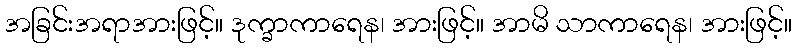
အခြင်းအရာအားဖြင့်။ ဒုက္ခာကာရေန၊ အားဖြင့်။ အာမိ သာကာရေန၊ အားဖြင့်။